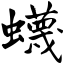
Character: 蠛